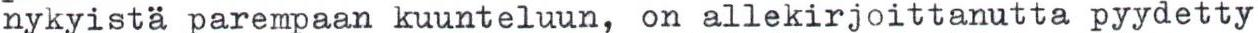
nykyistä parempaan kuunteluun, on allekirjoittanutta pyydetty